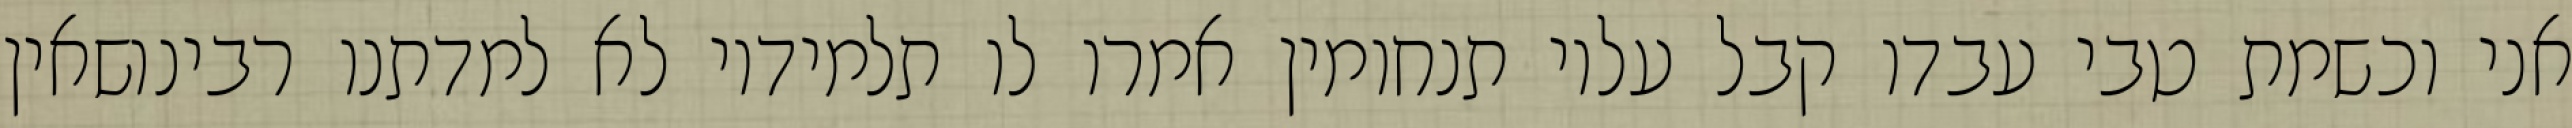
אני וכשמת טבי עבדו קבל עליו תנחומין אמרו לו תלמידיו לא למדתנו רבינושאין